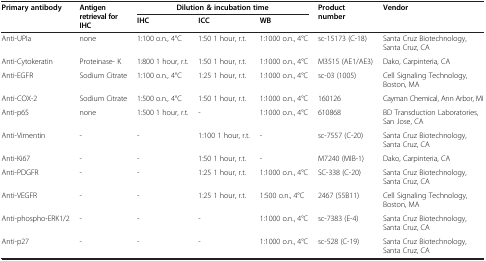
<table><thead><tr><td rowspan="2"><b>Primary antibody</b></td><td rowspan="2"><b>Antigen retrieval for IHC</b></td><td colspan="3"><b>Dilution &amp; incubation time</b></td><td rowspan="2"><b>Product number</b></td><td rowspan="2"><b>Vendor</b></td></tr><tr><td><b>IHC</b></td><td><b>ICC</b></td><td><b>WB</b></td></tr></thead><tbody><tr><td>Anti-UPIa</td><td>none</td><td>1:100 o.n., 4°C</td><td>1:50 1 hour, r.t.</td><td>1:1000 o.n., 4°C</td><td>sc-15173 (C-18)</td><td>Santa Cruz Biotechnology, Santa Cruz, CA</td></tr><tr><td>Anti-Cytokeratin</td><td>Proteinase- K</td><td>1:800 1 hour, r.t.</td><td>1:50 1 hour, r.t.</td><td>1:1000 o.n., 4°C</td><td>M3515 (AE1/AE3)</td><td>Dako, Carpinteria, CA</td></tr><tr><td>Anti-EGFR</td><td>Sodium Citrate</td><td>1:100 o.n., 4°C</td><td>1:25 1 hour, r.t.</td><td>1:1000 o.n., 4°C</td><td>sc-03 (1005)</td><td>Cell Signaling Technology, Boston, MA</td></tr><tr><td>Anti-COX-2</td><td>Sodium Citrate</td><td>1:500 o.n., 4°C</td><td>1:50 1 hour, r.t.</td><td>1:1000 o.n., 4°C</td><td>160126</td><td>Cayman Chemical, Ann Arbor, MI</td></tr><tr><td>Anti-p65</td><td>none</td><td>1:500 1 hour, r.t.</td><td>-</td><td>1:1000 o.n., 4°C</td><td>610868</td><td>BD Transduction Laboratories, San Jose, CA</td></tr><tr><td>Anti-Vimentin</td><td>-</td><td>-</td><td>1:100 1 hour, r.t.</td><td>-</td><td>sc-7557 (C-20)</td><td>Santa Cruz Biotechnology, Santa Cruz, CA</td></tr><tr><td>Anti-Ki67</td><td>-</td><td>-</td><td>1:50 1 hour, r.t.</td><td>-</td><td>M7240 (MIB-1)</td><td>Dako, Carpinteria, CA</td></tr><tr><td>Anti-PDGFR</td><td>-</td><td>-</td><td>1:25 1 hour, r.t.</td><td>1:1000 o.n., 4°C</td><td>SC-338 (C-20)</td><td>Santa Cruz Biotechnology, Santa Cruz, CA</td></tr><tr><td>Anti-VEGFR</td><td>-</td><td>-</td><td>1:25 1 hour, r.t.</td><td>1:500 o.n., 4°C</td><td>2467 (55B11)</td><td>Cell Signaling Technology, Boston, MA</td></tr><tr><td>Anti-phospho-ERK1/2</td><td>-</td><td>-</td><td>-</td><td>1:1000 o.n., 4°C</td><td>sc-7383 (E-4)</td><td>Santa Cruz Biotechnology, Santa Cruz, CA</td></tr><tr><td>Anti-p27</td><td>-</td><td>-</td><td>-</td><td>1:1000 o.n., 4°C</td><td>sc-528 (C-19)</td><td>Santa Cruz Biotechnology, Santa Cruz, CA</td></tr></tbody></table>